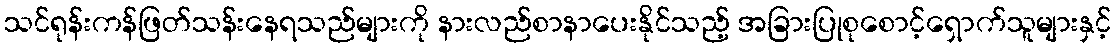
သင်ရုန်းကန်ဖြတ်သန်းနေရသည်များကို နားလည်စာနာပေးနိုင်သည့် အခြားပြုစုစောင့်ရှောက်သူများနှင့်